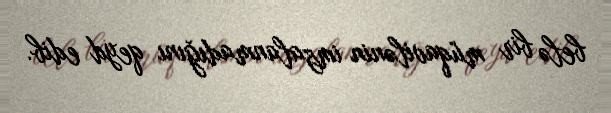
belə bir müqavilənin imzalanmadığını qeyd edib.